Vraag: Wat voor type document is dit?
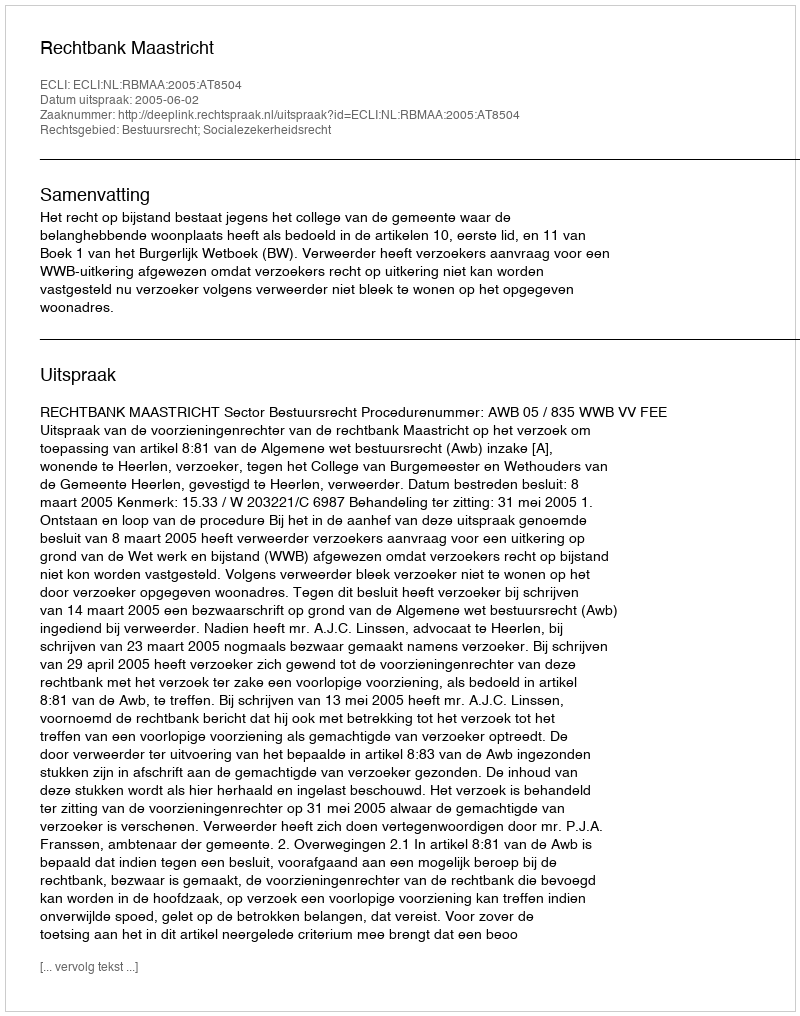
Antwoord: Uitspraak